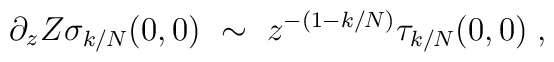
\partial_z Z \sigma_{k/N}(0,0) ~\sim~ z^{-(1-k/N)} \tau_{k/N}(0,0)\;,